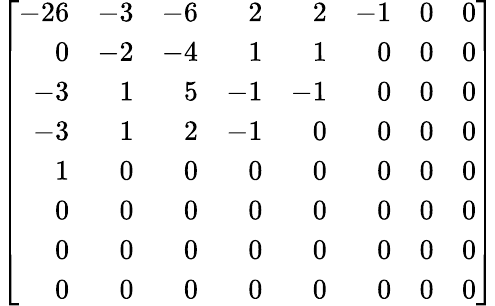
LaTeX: \left[{\begin{array}{rrrrrrrr}{-26}&{-3}&{-6}&{2}&{2}&{-1}&{0}&{0}\\ {0}&{-2}&{-4}&{1}&{1}&{0}&{0}&{0}\\ {-3}&{1}&{5}&{-1}&{-1}&{0}&{0}&{0}\\ {-3}&{1}&{2}&{-1}&{0}&{0}&{0}&{0}\\ {1}&{0}&{0}&{0}&{0}&{0}&{0}&{0}\\ {0}&{0}&{0}&{0}&{0}&{0}&{0}&{0}\\ {0}&{0}&{0}&{0}&{0}&{0}&{0}&{0}\\ {0}&{0}&{0}&{0}&{0}&{0}&{0}&{0}\end{array}}\right]